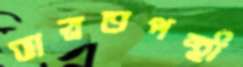
ভারতপন্থী